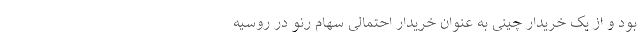
بود و از یک خریدار چینی به عنوان خریدار احتمالی سهام رنو در روسیه